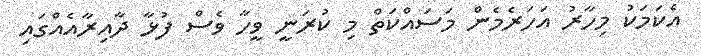
އެކަމަކު މިހާރު އަހަރެމެން މަސައްކަތް މި ކުރަނީ ވީހާ ވެސް ފުޅާ ދާއިރާއެއްގައި